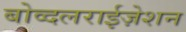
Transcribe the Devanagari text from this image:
बोव्दलराईज़ेशन